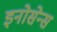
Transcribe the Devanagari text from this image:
इनोसेन्स